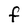
Character: F